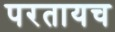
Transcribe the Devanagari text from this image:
परतायच